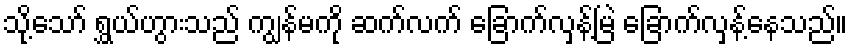
သို့သော် ရွှယ်ဟွားသည် ကျွန်မကို ဆက်လက် ခြောက်လှန့်မြဲ ခြောက်လှန့်နေသည်။